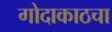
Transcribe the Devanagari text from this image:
गोदाकाठचा